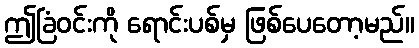
ဤခြံဝင်းကို ရောင်းပစ်မှ ဖြစ်ပေတော့မည်။